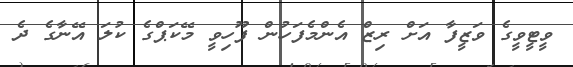
ވީޓީވީގެ ވަޒީފާ އަށް ރިޒް އެންމެފަހުން ފޫހިވީ މޭކަޕްގެ ކުލަ އޭނާގެ ދެ